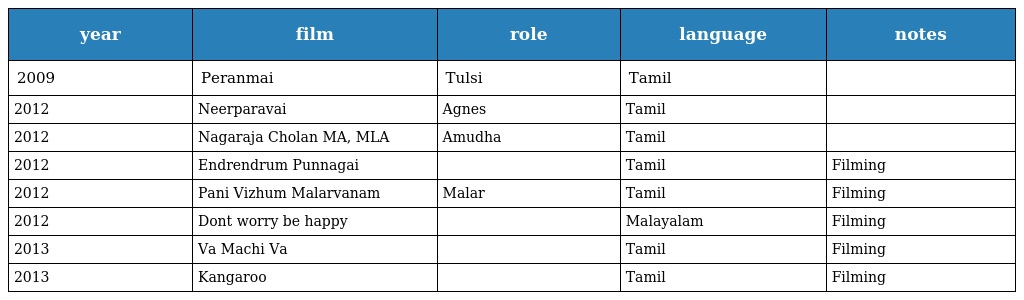
| year | film | role | language | notes |
 | --- | --- | --- | --- | --- |
 | 2009 | Peranmai | Tulsi | Tamil |  |
 | 2012 | Neerparavai | Agnes | Tamil |  |
 | 2012 | Nagaraja Cholan MA, MLA | Amudha | Tamil |  |
 | 2012 | Endrendrum Punnagai |  | Tamil | Filming |
 | 2012 | Pani Vizhum Malarvanam | Malar | Tamil | Filming |
 | 2012 | Dont worry be happy |  | Malayalam | Filming |
 | 2013 | Va Machi Va |  | Tamil | Filming |
 | 2013 | Kangaroo |  | Tamil | Filming |